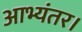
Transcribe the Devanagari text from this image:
आभ्यंतर।